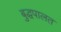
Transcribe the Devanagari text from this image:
बुद्धपालत